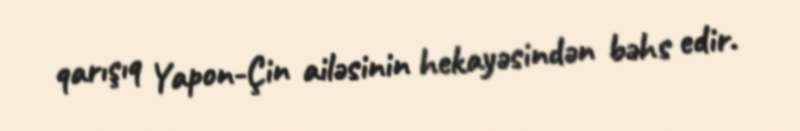
qarışıq Yapon-Çin ailəsinin hekayəsindən bəhs edir.